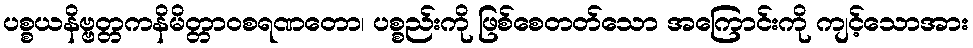
ပစ္စယနိဗ္ဗတ္တကနိမိတ္တာဝစရဏတော၊ ပစ္စည်းကို ဖြစ်စေတတ်သော အကြောင်းကို ကျင့်သောအား